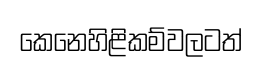
කෙනෙහිළිකම්වලටත්